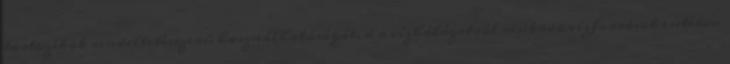
tartozékok rendeltetésszerû használhatóságát, d a vízhálózatról mûködõ vízforrások esetében